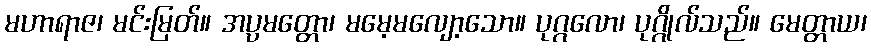
မဟာရာဇ၊ မင်းမြတ်။ အပ္ပမတ္တော၊ မမေ့မလျော့သော။ ပုဂ္ဂလော၊ ပုဂ္ဂိုလ်သည်။ မေတ္တာယ၊